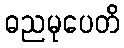
ဓညမုပေတိ